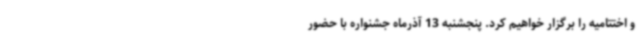
و اختتامیه را برگزار خواهیم کرد. پنجشنبه 13 آذرماه جشنواره با حضور